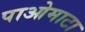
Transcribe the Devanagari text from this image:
पाओमाटा